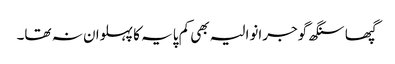
گپھا سنگھ گوجرانوالیہ بھی کم پایہ کا پہلوان نہ تھا۔